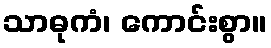
သာဓုကံ၊ ကောင်းစွာ။